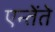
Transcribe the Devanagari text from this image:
एन्तेंते